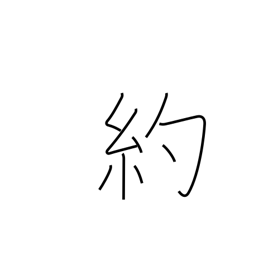
Meaning: promise